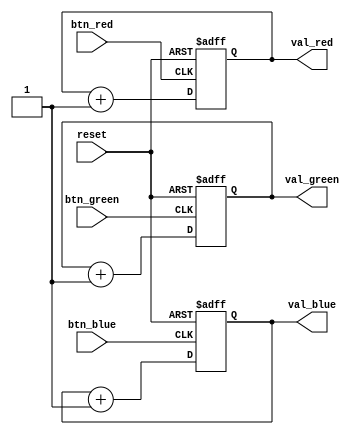
module button_value_counter(reset, btn_red, btn_green, btn_blue, val_red, val_green, val_blue);

input reset, btn_red, btn_green, btn_blue;
output reg [3:0] val_red, val_green, val_blue;

always @(posedge btn_red or negedge reset) begin
    if(!reset)
        val_red <= 0;
    else
        val_red <= val_red + 1;
end

always @(posedge btn_green or negedge reset) begin
    if(!reset)
        val_green <= 0;
    else
        val_green <= val_green + 1;
end

always @(posedge btn_blue or negedge reset) begin
    if(!reset)
        val_blue <= 0;
    else
        val_blue <= val_blue + 1;
end

endmodule